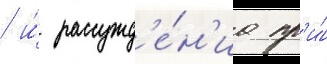
/ и́ рассужд'е́н'иа пр'и́